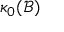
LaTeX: \kappa _ { 0 } ( { \mathcal { B } } )